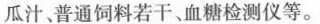
瓜汁普通饲料若干、血糖检测仪等。